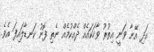
އަދި އޭނާ ވަނީ އިތުރު ވާހަކައެއް ދެއްކުމެއް ނެތި ފޮނު ކަނޑާލައިފަ އެވެ.